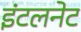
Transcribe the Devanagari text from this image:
इंटलनेट